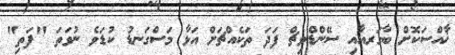
ޚާއްސަކޮށް ބާގަރއާއި ސޭންޑްވިޗް ފަދަ ތަކެއްޗަށް އަޅާ މަސްގަނޑު ކުޑަވެ ނުވަތަ "ފަތި"